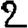
Digit: 2